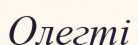
Олегті